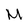
Character: M